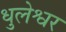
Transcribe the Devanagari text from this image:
धुलेश्वर